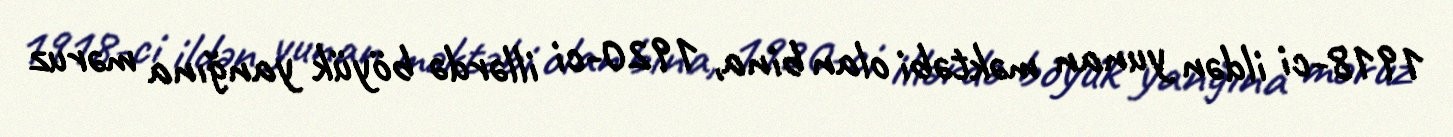
1918-ci ildən yunan məktəbi olan bina, 1920-ci illərdə böyük yanğına məruz